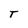
Character: T